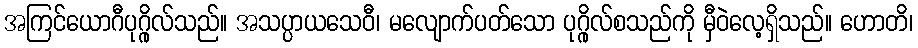
အကြင်ယောဂီပုဂ္ဂိုလ်သည်။ အသပ္ပာယသေဝီ၊ မလျောက်ပတ်သော ပုဂ္ဂိုလ်စသည်ကို မှီဝဲလေ့ရှိသည်။ ဟောတိ၊